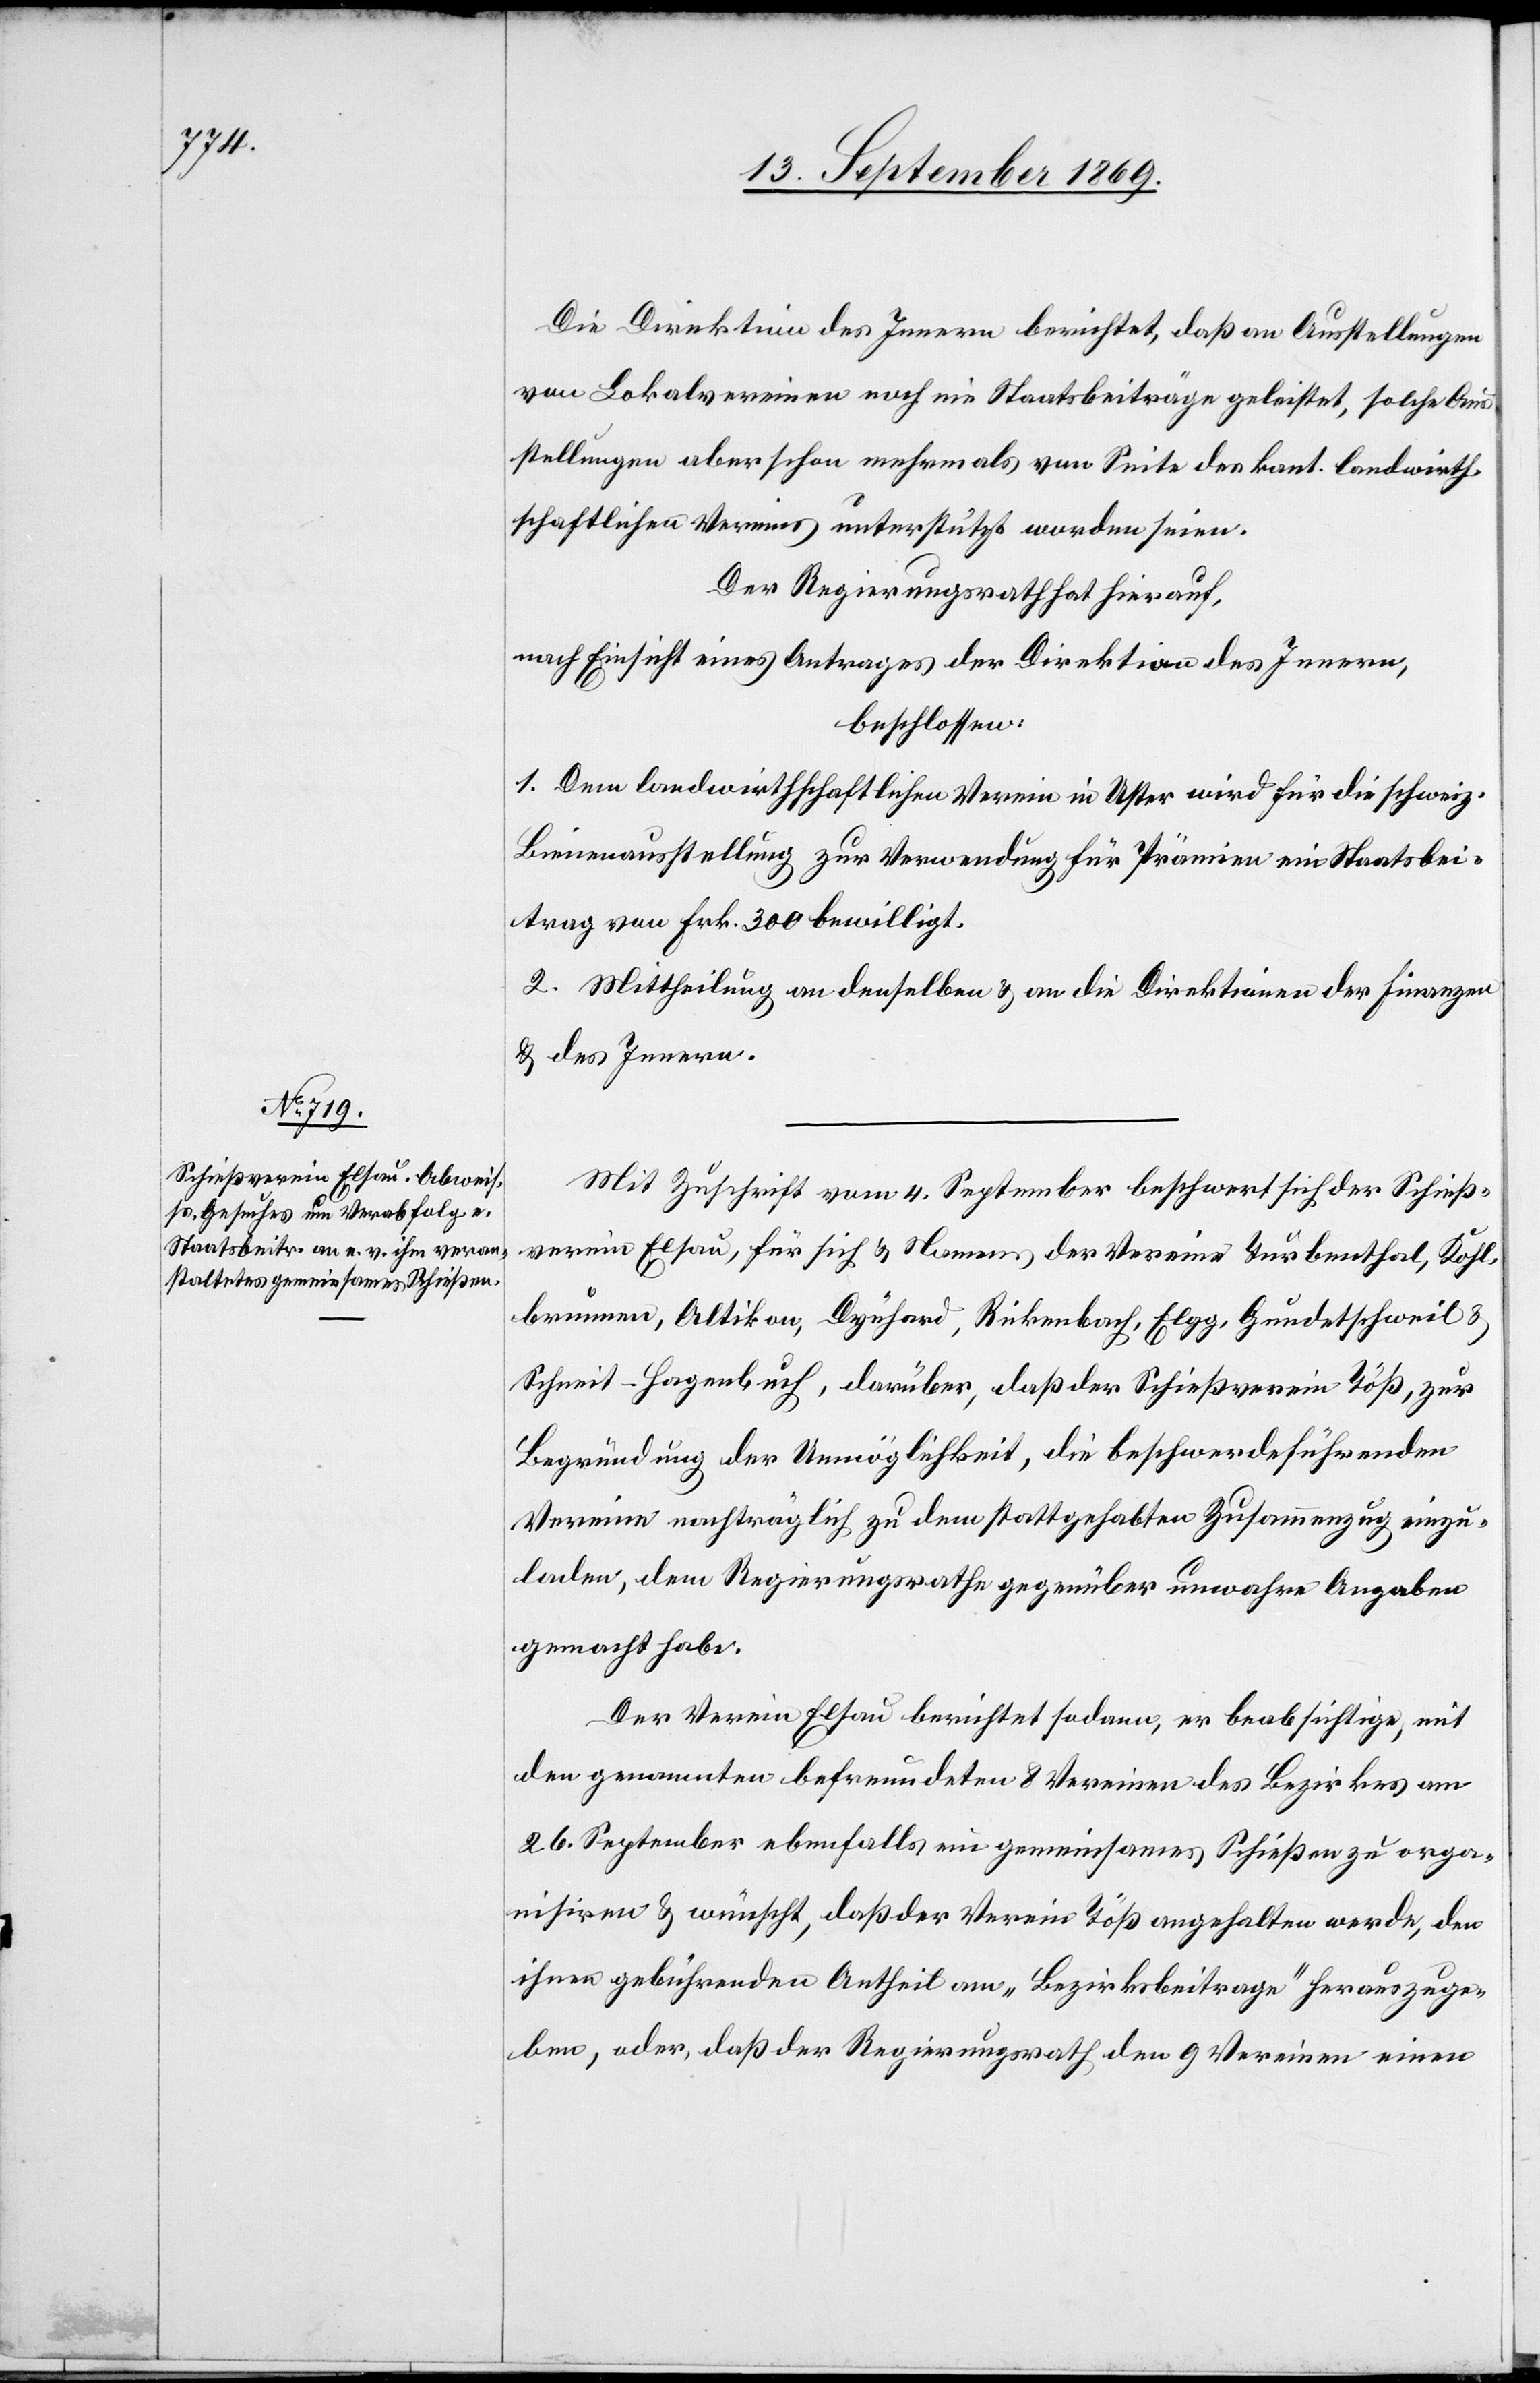
Die Direktion des Innern berichtet, daß an Ausstellungen
von Lokalvereinen noch nie Staatsbeiträge geleistet, solche Aus¬
stellungen aber schon mehrmals von Seite des kant. landwirth¬
schaftlichen Vereins unterstützt worden seien.
Der Regierungsrath hat hierauf,
nach Einsicht eines Antrages der Direktion des Innern,
beschlossen:
1. Dem landwirthschaftlichen Verein in Uster wird für die schweiz.
Bienenausstellung zur Verwendung für Prämien ein Staatsbei¬
trag von Frk. 300 bewilligt.
2. Mittheilung an denselben & an die Direktionen der Finanzen
& des Innern.
Mit Zuschrift vom 4. September beschwert sich der Schieß¬
verein Elsau, für sich & Namens der Vereine Turbenthal, Kohl¬
brunnen, Altikon, Dynhard, Rickenbach, Elgg, Gundetschweil &
Schneit - Hagenbuch, darüber, daß der Schießverein Töß, zur
Begründung der Unmöglichkeit, die beschwerdeführenden
Vereine nachträglich zu dem stattgehabten Zusammenzug einzu¬
laden, dem Regierungsrathe gegenüber unwahre Angaben
gemacht habe.
Der Verein Elsau berichtet sodann, er beabsichtige, mit
den genannten befreundeten 8 Vereinen des Bezirkes am
26. September ebenfalls ein gemeinsames Schießen zu orga¬
nisiren & wünscht, daß der Verein Töß angehalten werde, den
ihnen gebührenden Antheil am „Bezirksbeitrage“ herauszuge¬
ben, oder daß der Regierungsrath den 9 Vereinen einen